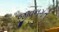
જીવનગત